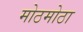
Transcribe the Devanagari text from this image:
मोठमोठा